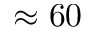
\approx 6 0